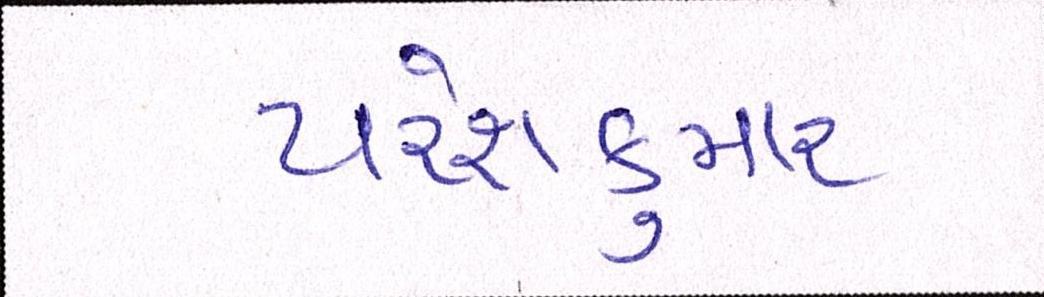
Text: પરેશકુમાર